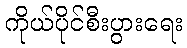
ကိုယ်ပိုင်စီးပွားရေး